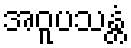
အဝူပသန္တံ